Scottish Leaving Certificate Examination, 1953
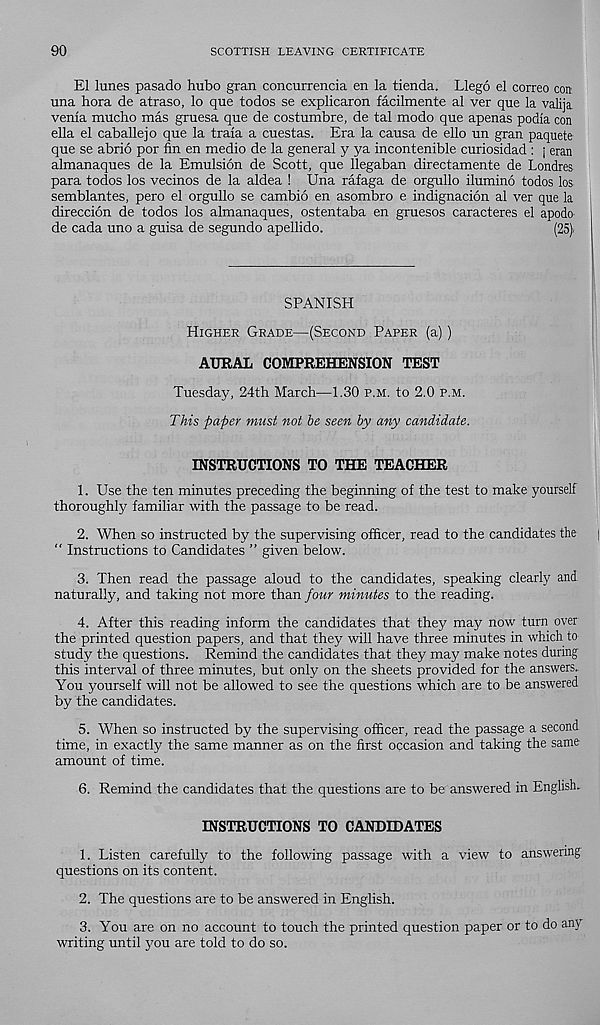
90
SCOTTISH LEAVING CERTIFICATE
El lunes pasado hubo gran concurrencia en la tienda. Llego el correo con
una bora de atraso, lo que todos se explicaron facilmente al ver que la valija.
venla mucho mas gruesa que de costumbre, de tal modo que apenas podia con
ella el caballejo que la traia a cuestas. Era la causa de ello un gran paquete
que se abrio por fin en medio de la general y ya incontenible curiosidad : j eran
almanaques de la Emulsion de Scott, que llegaban directamente de Londres
para todos los vecinos de la aldea ! Una rafaga de orgullo ilumino todos los
semblantes, pero el orgullo se cambio en asombro e indignacion al ver que la
direccion de todos los almanaques, ostentaba en gruesos caracteres el apodo
de cada uno a guisa de segundo apellido.
(25).
SPANISH
Higher Grade—(Second Paper (a))
AURAL COMPREHENSION TEST
Tuesday, 24th March—1.30 p.m. to 2.0 p.m.
This paper must not he seen by any candidate.
INSTRUCTIONS TO THE TEACHER
1. Use the ten minutes preceding the beginning of the test to make yourself
thoroughly familiar with the passage to be read.
2. When so instructed by the supervising officer, read to the candidates the |
" Instructions to Candidates ” given below.
3. Then read the passage aloud to the candidates, speaking clearly and
naturally, and taking not more than four minutes to the reading.
4. After this reading inform the candidates that they may now turn over
the printed question papers, and that they will have three minutes in which to
study the questions. Remind the candidates that they may make notes during
this interval of three minutes, but only on the sheets provided for the answers.
You yourself will not be allowed to see the questions which are to be answered
by the candidates.
5. When so instructed by the supervising officer, read the passage a second
time, in exactly the same manner as on the first occasion and taking the same
amount of time.
6. Remind the candidates that the questions are to be answered in English.
INSTRUCTIONS TO CANDIDATES
1. Listen carefully to the following passage with a view to answering
questions on its content.
2. The questions are to be answered in English.
3. You are on no account to touch the printed question paper or to do any
writing until you are told to do so.